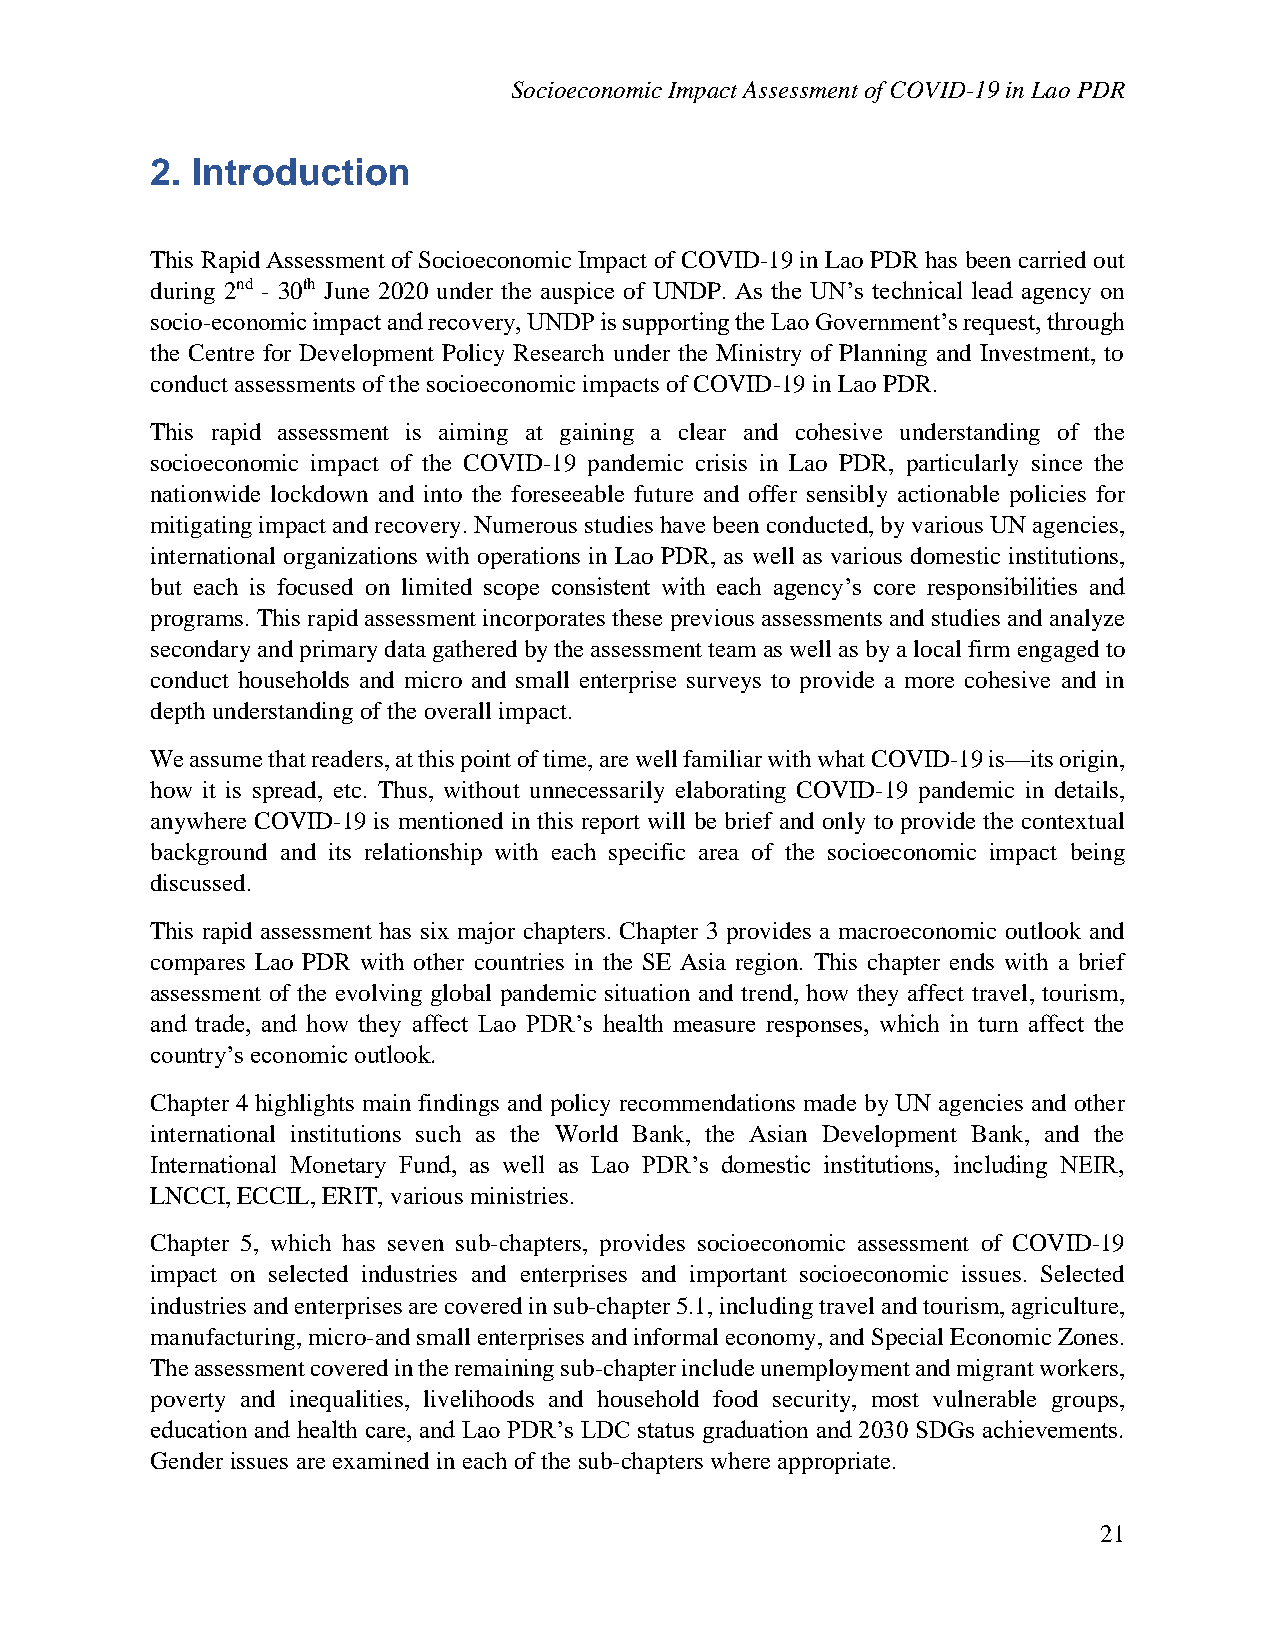
Socioeconomic Impact Assessment of COVID-19 in Lao PDR
 2. Introduction
 This Rapid Assessment of Socioeconomic Impact of COVID-19 in Lao PDR has been carried out
 during 2nd - 30th June 2020 under the auspice of UNDP. As the UN’s technical lead agency on
 socio-economic impact and recovery, UNDP is supporting the Lao Government’s request, through
 the Centre for Development Policy Research under the Ministry of Planning and Investment, to
 conduct assessments of the socioeconomic impacts of COVID-19 in Lao PDR.
 This rapid assessment is aiming at gaining a clear and cohesive understanding of the
 socioeconomic impact of the COVID-19 pandemic crisis in Lao PDR, particularly since the
 nationwide lockdown and into the foreseeable future and offer sensibly actionable policies for
 mitigating impact and recovery. Numerous studies have been conducted, by various UN agencies,
 international organizations with operations in Lao PDR, as well as various domestic institutions,
 but each is focused on limited scope consistent with each agency’s core responsibilities and
 programs. This rapid assessment incorporates these previous assessments and studies and analyze
 secondary and primary data gathered by the assessment team as well as by a local firm engaged to
 conduct households and micro and small enterprise surveys to provide a more cohesive and in
 depth understanding of the overall impact.
 We assume that readers, at this point of time, are well familiar with what COVID-19 is—its origin,
 how it is spread, etc. Thus, without unnecessarily elaborating COVID-19 pandemic in details,
 anywhere COVID-19 is mentioned in this report will be brief and only to provide the contextual
 background and its relationship with each specific area of the socioeconomic impact being
 discussed.
 This rapid assessment has six major chapters. Chapter 3 provides a macroeconomic outlook and
 compares Lao PDR with other countries in the SE Asia region. This chapter ends with a brief
 assessment of the evolving global pandemic situation and trend, how they affect travel, tourism,
 and trade, and how they affect Lao PDR’s health measure responses, which in turn affect the
 country’s economic outlook.
 Chapter 4 highlights main findings and policy recommendations made by UN agencies and other
 international institutions such as the World Bank, the Asian Development Bank, and the
 International Monetary Fund, as well as Lao PDR’s domestic institutions, including NEIR,
 LNCCI, ECCIL, ERIT, various ministries.
 Chapter 5, which has seven sub-chapters, provides socioeconomic assessment of COVID-19
 impact on selected industries and enterprises and important socioeconomic issues. Selected
 industries and enterprises are covered in sub-chapter 5.1, including travel and tourism, agriculture,
 manufacturing, micro-and small enterprises and informal economy, and Special Economic Zones.
 The assessment covered in the remaining sub-chapter include unemployment and migrant workers,
 poverty and inequalities, livelihoods and household food security, most vulnerable groups,
 education and health care, and Lao PDR’s LDC status graduation and 2030 SDGs achievements.
 Gender issues are examined in each of the sub-chapters where appropriate.
 21